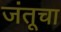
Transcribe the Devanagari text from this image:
जंतूचा